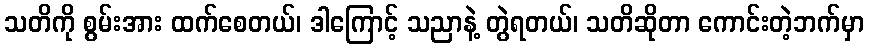
သတိကို စွမ်းအား ထက်စေတယ်၊ ဒါကြောင့် သညာနဲ့ တွဲရတယ်၊ သတိဆိုတာ ကောင်းတဲ့ဘက်မှာ